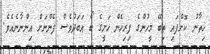
ޚިތާނު ކޮށްފައި ތިބޭ މީހުންގެ ފިރިހެން ހަށީގެ ބޯ އަބަދުވެސް ފެންނަށް އިންނާނެއެވެ.